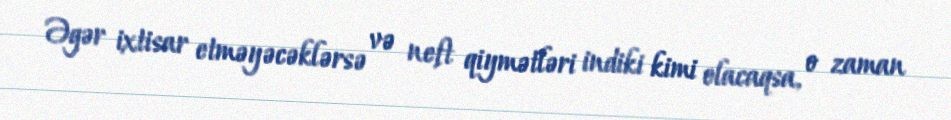
Əgər ixtisar etməyəcəklərsə və neft qiymətləri indiki kimi olacaqsa, o zaman